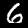
Digit: 6